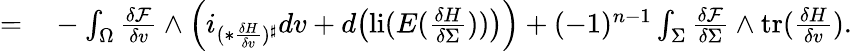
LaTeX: \begin{array}{rl}{=}&{{}-\int_{\Omega}\frac{\delta\mathcal{F}}{\delta v}\wedge\Big(i_{(\ast\frac{\delta H}{\delta v})^{\sharp}}dv+d\big(\mathrm{li}(E(\frac{\delta H}{\delta\Sigma}))\big)\Big)+(-1)^{n-1}\int_{\Sigma}\frac{\delta\mathcal{F}}{\delta\Sigma}\wedge\mathrm{tr}(\frac{\delta H}{\delta v}).}\end{array}